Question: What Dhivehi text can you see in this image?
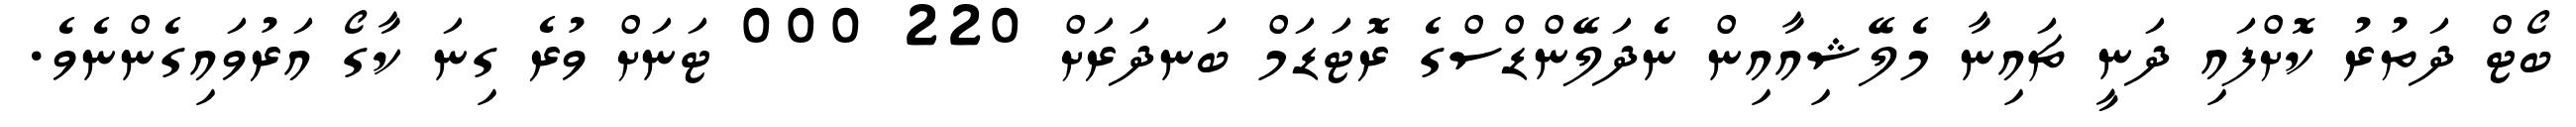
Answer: ބޯޓް ދަތުރު ކޮށްފައި ދަނީ ޗައިނާ މެލޭޝިއާއިން ނެދަލޭންޑްސްގެ ރޮޓަޑަމް ބަނދަރަށް 220 000 ޓަނަށް ވުރެ ގިނަ ކާގޯ އަރުވައިގެންނެވެ.